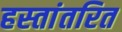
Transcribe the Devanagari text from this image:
हस्‍तांतरित